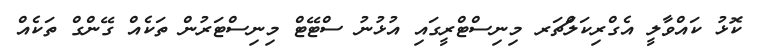
ކޮޅު ކައްވާލީ އެގްރިކަލްަޗަރ މިނިސްޓްރީގައި އުޅުނު ސްޓޭޓް މިނިސްޓަރުން ތަކެއް ގޭންގް ތަކެއް